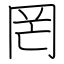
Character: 罔